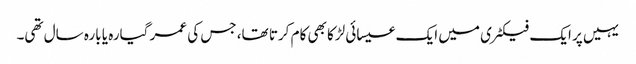
یہیں پر ایک فیکٹری میں ایک عیسائی لڑکا بھی کام کرتا تھا، جس کی عمر گیارہ یا بارہ سال تھی۔